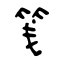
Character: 笺